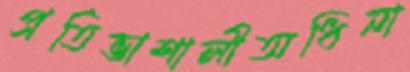
প্রতিভাশালীঅধিনা